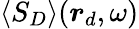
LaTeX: \langle S_{D}\rangle(\boldsymbol{r}_{d},\omega)